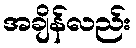
အချိန်လည်း